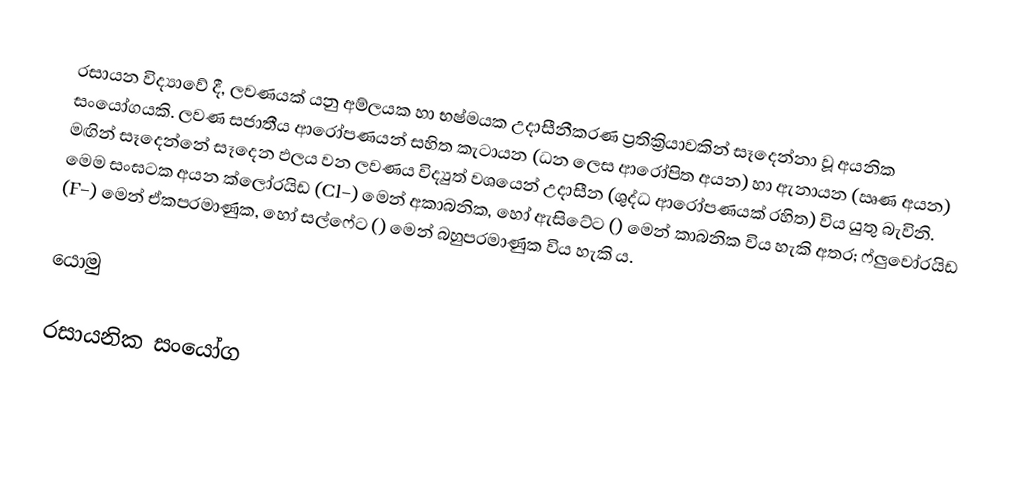
රසායන විද්‍යාවේ දී, ලවණයක් යනු අම්ලයක හා භෂ්මයක උදාසීනීකරණ ප්‍රතික්‍රියාවකින් සෑදෙන්නා වූ අයනික සංයෝගයකි. ලවණ සජාතීය ආරෝපණයන් සහිත කැටායන (ධන ලෙස ආරෝපිත අයන) හා ඇනායන (ඍණ අයන) මඟින් සෑදෙන්නේ සෑදෙන ඵලය වන ලවණය විද්‍යුත් වශයෙන් උදාසීන (ශුද්ධ ආරෝපණයක් රහිත) විය යුතු බැවිනි. මෙම සංඝටක අයන ක්ලෝරයිඩ (Cl−) මෙන් අකාබනික, හෝ ඇසිටේට () මෙන් කාබනික විය හැකි අතර; ෆ්ලුවෝරයිඩ (F−) මෙන් ඒකපරමාණුක, හෝ සල්ෆේට () මෙන් බහුපරමාණුක විය හැකි ය.

යොමු

රසායනික සංයෝග